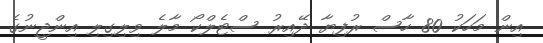
އިން މަހަކު 80 ހާސް ރުފިޔާ ދޭއިރު ސްޓެލްކޯ މާލެ ވިލިގިލި އިންޖީނުގެ